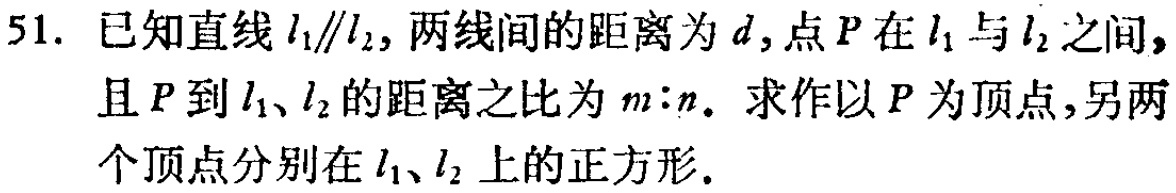
51. 已知直线\(l_{1}\parallel l_{2}\)，两线间的距离为\(d\)，点\(P\)在\(l_{1}\)与\(l_{2}\)之间，且\(P\)到\(l_{1}\)、\(l_{2}\)的距离之比为\(m:n\)。求作以\(P\)为顶点，另两个顶点分别在\(l_{1}\)、\(l_{2}\)上的正方形。